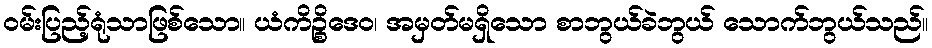
ဝမ်းပြည့်ရုံသာဖြစ်သော။ ယံကိဉ္စိဒေဝ၊ အမှတ်မရှိသော စာဘွယ်ခဲဘွယ် သောက်ဘွယ်သည်။